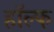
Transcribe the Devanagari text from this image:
हॉल्फ